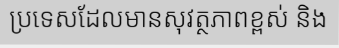
ប្រទេសដែលមានសុវត្ថភាពខ្ពស់ និង